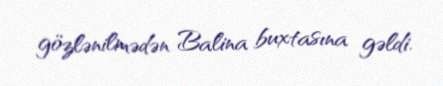
gözlənilmədən Balina buxtasına gəldi.